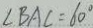
\angle B A C = 6 0 ^ { \circ }